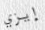
إيزي